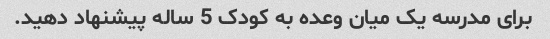
برای مدرسه یک میان وعده به کودک 5 ساله پیشنهاد دهید.